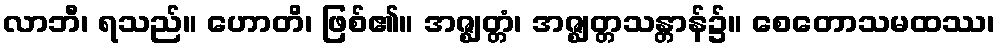
လာဘီ၊ ရသည်။ ဟောတိ၊ ဖြစ်၏။ အဇ္ဈတ္တံ၊ အဇ္ဈတ္တသန္တာန်၌။ စေတောသမထဿ၊